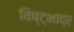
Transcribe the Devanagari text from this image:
विष्ट्भाद्र